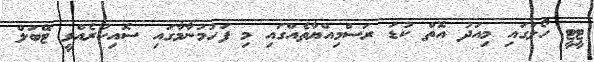
ޓީޓީ ހޯލުގައި މިއަދު އޮތް ކުޑަ ރަސްމިއްޔާތެއްގައި މި ފަހުމުނާމާގައި ސޮއިކުރެއްވީ ޓޭބަލް